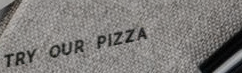
TRY OUR PIZZA